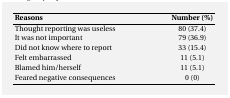
<table><thead><tr><td><b>Reasons</b></td><td><b>Number (%)</b></td></tr></thead><tbody><tr><td>Thought reporting was useless</td><td>80 (37.4)</td></tr><tr><td>It was not important</td><td>79 (36.9)</td></tr><tr><td>Did not know where to report</td><td>33 (15.4)</td></tr><tr><td>Felt embarrassed</td><td>11 (5.1)</td></tr><tr><td>Blamed him/herself</td><td>11 (5.1)</td></tr><tr><td>Feared negative consequences</td><td>0 (0)</td></tr></tbody></table>